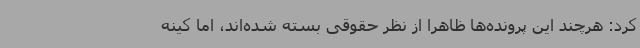
کرد: هرچند این پرونده‌ها ظاهرا از نظر حقوقی بسته شده‌اند، اما کینه